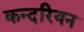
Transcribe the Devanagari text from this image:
कन्दरियन